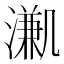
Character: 𣽳